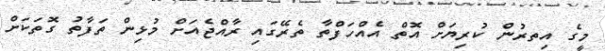
މީގެ އިތރުން ކުރިޔަށް އޮތް އެއްހަފްތާ ތެރޭގައި ރާއްޖެއަށް މުޅިން ތަފާތު ގޮތަކަށް